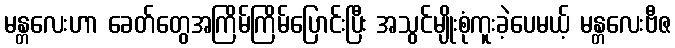
မန္တလေးဟာ ခေတ်တွေအကြိမ်ကြိမ်ပြောင်းပြီး အသွင်မျိုးစုံကူးခဲ့ပေမယ့် မန္တလေးဗီဇ